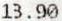
13.90